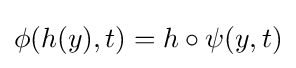
\phi (h(y),t)=h\circ \psi (y,t)